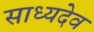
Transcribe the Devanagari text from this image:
साध्यदेव